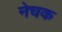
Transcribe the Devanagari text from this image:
नेचक